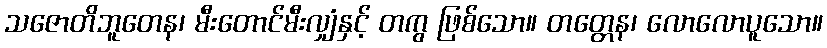
သဇောတိဘူတေန၊ မီးတောင်မီးလျှံနှင့် တကွ ဖြစ်သော။ တတ္တေန၊ လောလောပူသော။